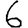
Digit: 6